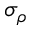
\sigma _ { \rho }